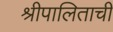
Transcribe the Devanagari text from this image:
श्रीपालिताची